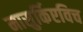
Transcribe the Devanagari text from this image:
मासुर्किएविच